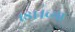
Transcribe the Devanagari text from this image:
१८१४च्या